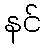
နင်